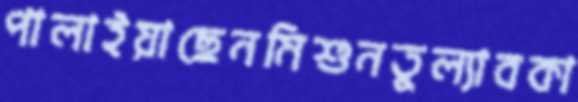
পালাইয়াছেনমিশুনতুল্যাবকা